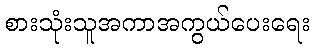
စားသုံးသူအကာအကွယ်ပေးရေး